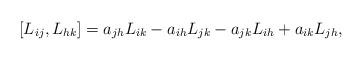
LaTeX: \begin{align*} [L_{ij},L_{hk}] =a_{jh}L_{ik}-a_{ih}L_{jk}-a_{jk}L_{ih}+a_{ik}L_{jh},\end{align*}